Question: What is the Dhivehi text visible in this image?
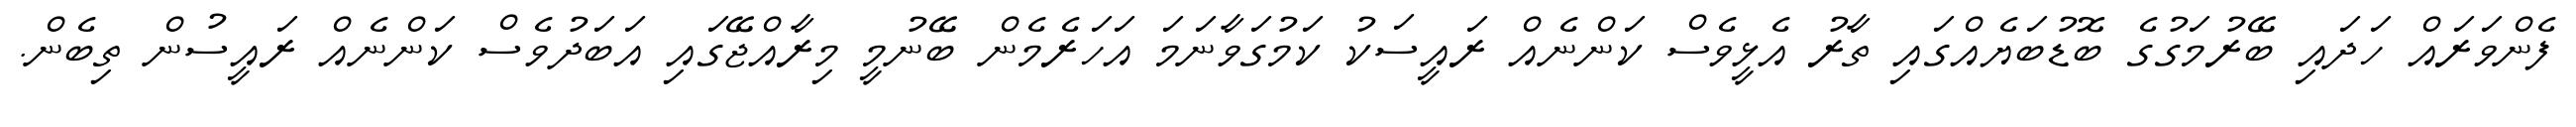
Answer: ފެންވަރައް ހަދައި ބޭރުމަގުގެ ބޮޑުބަޔެއްގައި ތާރު އެޅީވެސް ކަންނެއް ރައީސަކު ކަމުގަވާނަމަ އަހަރެމެން ބޭނުމީ މިރާއްޖޭގައި އަބަދުވެސް ކަންނެއް ރައީސުން ތިބެން.